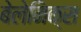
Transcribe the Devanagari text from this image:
बेलेनिक्स